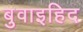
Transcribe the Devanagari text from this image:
बुवाइहिद